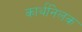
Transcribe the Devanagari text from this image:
कार्थनिलक